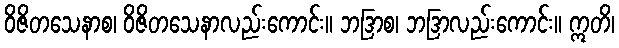
ဝိဇိတသေနာစ၊ ဝိဇိတသေနာလည်းကောင်း။ ဘဒြာစ၊ ဘဒြာလည်းကောင်း။ ဣတိ၊